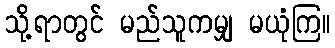
သို့ရာတွင် မည်သူကမျှ မယုံကြ။